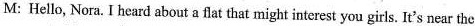
M:Hello, Nora.I heard about a flat that might interest you girls. It's near the